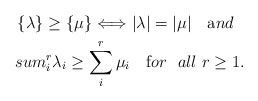
\begin{align*}\{ \lambda \} \geq \{ \mu \} \Longleftrightarrow|\lambda|=|\mu| \ \ \ {\mbox and} \ \ \\sum_i^r \lambda_i \geq \sum_i^r \mu_i \ \ \ {\mbox for \ \ all} \ r \geq 1.\end{align*}